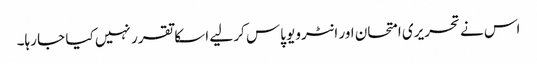
اس نے تحریری امتحان اور انٹرویو پاس کر لیے اسکا تقرر نہیں کیا جا رہا۔